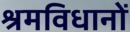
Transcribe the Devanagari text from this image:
श्रमविधानों